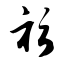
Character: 衫